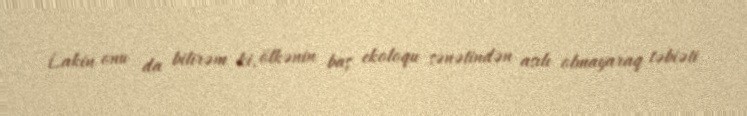
Lakin onu da bilirəm ki, ölkənin baş ekoloqu sənətindən asılı olmayaraq təbiəti